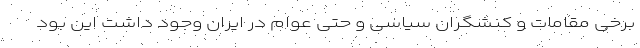
برخی مقامات و کنشگران سیاسی و حتی عوام در ایران وجود داشت این بود